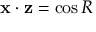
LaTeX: \mathbf { x } \cdot \mathbf { z } = \cos R